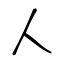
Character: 人